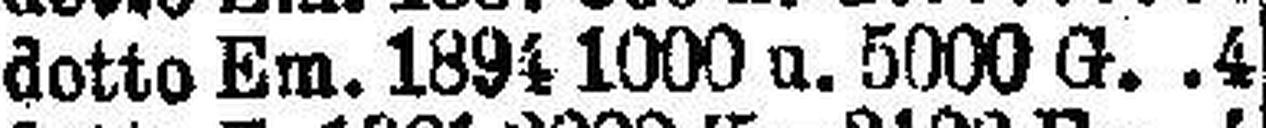
dotte Em. 1894 1000 u. 5000 G. 4